Indian journal of veterinary science and animal husbandry - Volumes 15-17, 1948-1951
Year: 1948
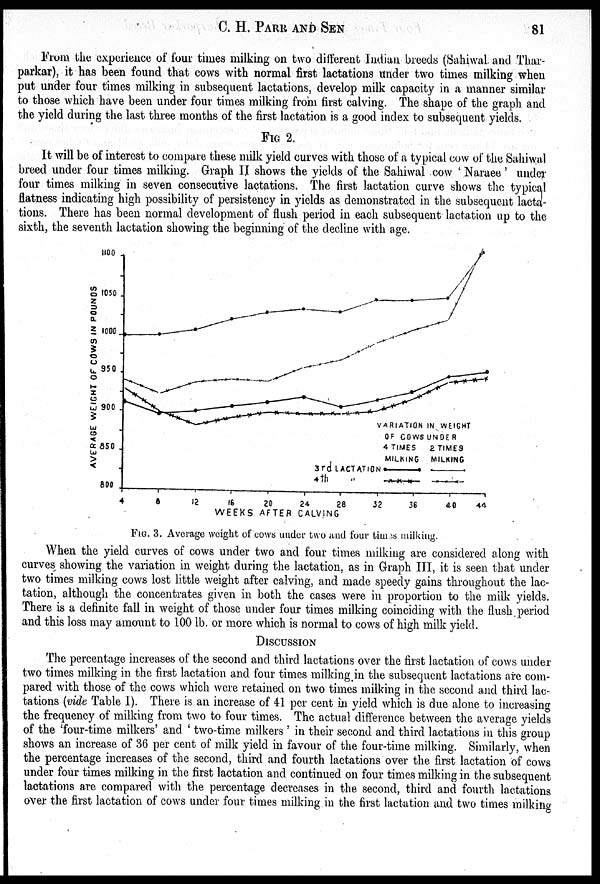
C. H. PARK and
SEN
81
From the experience of four times milking on two different Indian breeds (Sahiwal and Thar-
parkar), it has been found that cows with normal first lactations under two times milking when
put under four times milking in subsequent lactations, develop milk capacity in a manner similar
to those which have been under four times milking from first calving. The shape of the graph and
the yield during the last three months of the first lactation is a good index to subsequent yields.
FIG 2.
It will be of interest to compare these milk yield curves with those of a typical cow of the Sahiwal
breed under four times milking. Graph II shows the yields of the Sahiwal cow 'Naraee' under
four times milking in seven consecutive lactations. The first lactation curve shows the typical
flatness indicating high possibility of persistency in yields as demonstrated in the subsequent lacta-
tions. There has been normal development of flush period in each subsequent lactation up to the
sixth, the seventh lactation showing the beginning of the decline with age.
FIG. 3. Average weight of cows under two and four times milking.
When the yield curves of cows under two and four times milking are considered along with
curves showing the variation in weight during the lactation, as in Graph III, it is seen that under
two times milking cows lost little weight after calving, and made speedy gains throughout the lac-
tation, although the concentrates given in both the cases were in proportion to the milk yields.
There is a definite fall in weight of those under four times milking coinciding with the flush period
and this loss may amount to 100 lb. or more which is normal to cows of high milk yield.
DISCUSSION
The percentage increases of the second and third lactations over the first lactation of cows under
two times milking in the first lactation and four times milking in the subsequent lactations are com-
pared with those of the cows which were retained on two times milking in the second and third lac-
tations (vide Table 1). There is an increase of 41 per cent in yield which is due alone to increasing
the frequency of milking from two to four times. The actual difference between the average yields
of the 'four-time milkers' and 'two-time milkers' in their second and third lactations in this group
shows an increase of 36 per cent of milk yield in favour of the four-time milking. Similarly, when
the percentage increases of the second, third and fourth lactations over the first lactation of cows
under four times milking in the first lactation and continued on four times milking in the subsequent
lactations are compared with the percentage decreases in the second, third and fourth lactations
over the first lactation of cows under four times milking in the first lactation and two times milking